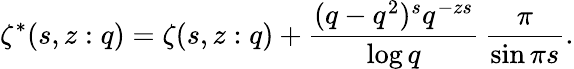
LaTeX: \zeta^{*}(s,z:q)=\zeta(s,z:q)+\frac{(q-q^{2})^{s}q^{-zs}}{\log q}\, \frac{\pi}{\sin\pi s}.